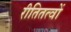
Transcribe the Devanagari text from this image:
रीतितत्वों